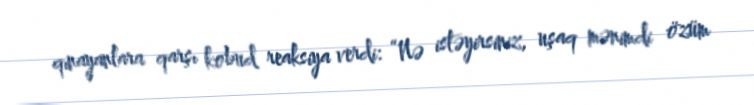
qınayanlara qarşı kobud reaksiya verdi: “Nə istəyirsiniz, uşaq mənimdi özüm